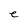
Character: e